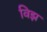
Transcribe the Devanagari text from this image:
विझ